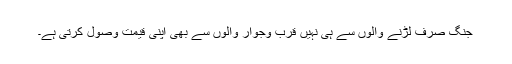
جنگ صرف لڑنے والوں سے ہی نہیں قرب وجوار والوں سے بھی اپنی قیمت وصول کرتی ہے۔